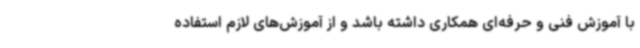
با آموزش فنی و حرفه‌ای همکاری داشته باشد و از آموزش‌های لازم استفاده